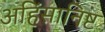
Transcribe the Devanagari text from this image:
अहिंसानिष्ट